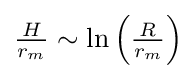
{\textstyle {\frac {H}{r_{m}}}\sim \ln \left({\frac {R}{r_{m}}}\right)}